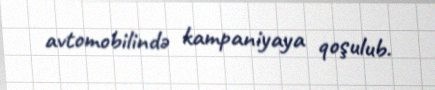
avtomobilində kampaniyaya qoşulub.